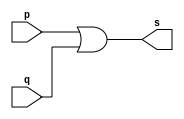
// ------------------------- 
// Exemplo0004 - OR 
// Nome: Felipe Barros Silva
// ------------------------- 
// ------------------------- 
// -- or gate 
// ------------------------- 
module orgate ( output s, 
input p, q); 
assign s = p | q; 
endmodule // orgate 
// --------------------- 
// -- test or gate 
// --------------------- 
module testorgate; 
// ------------------------- dados locais 
reg a, b; // definir registradores 
wire s; // definir conexao (fio) 
// ------------------------- instancia 
orgate OR1 (s, a, b); 
// ------------------------- preparacao 
initial begin:start 
// atribuicao simultanea 
// dos valores iniciais 
a=0; b=0; 
end 
// ------------------------- parte principal 
initial begin 
$display("Exemplo0004 - Felipe Barros Silva - 376508"); 
$display("Test OR gate"); 
$display("\na & b = s\n"); 
a=0; b=0; 
#1 $display("%b & %b = %b", a, b, s); 
a=0; b=1; 
#1 $display("%b & %b = %b", a, b, s); 
a=1; b=0; 
#1 $display("%b & %b = %b", a, b, s); 
a=1; b=1; 
#1 $display("%b & %b = %b", a, b, s); 
end 
endmodule // testorgate